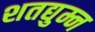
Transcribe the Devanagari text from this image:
शतद्युम्न